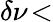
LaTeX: \delta\nu\! <